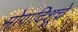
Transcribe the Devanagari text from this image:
मोगादिशूचे